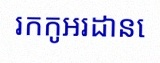
រកកូអរដោនេ